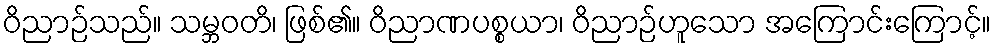
ဝိညာဉ်သည်။ သမ္ဘဝတိ၊ ဖြစ်၏။ ဝိညာဏပစ္စယာ၊ ဝိညာဉ်ဟူသော အကြောင်းကြောင့်။